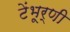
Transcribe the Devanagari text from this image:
टेंभूर्णी